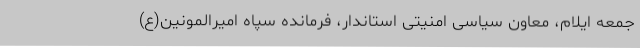
جمعه ایلام، معاون سیاسی امنیتی استاندار، فرمانده سپاه امیرالمونین(ع)